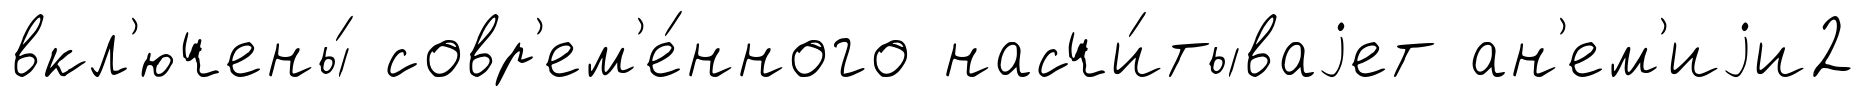
вкл'ючены́ совр'ем'е́нного насчи́тываjет ан'ем'иjи2